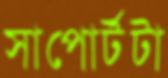
সাপোর্টটা